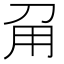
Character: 𤰄